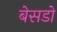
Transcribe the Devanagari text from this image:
बेसडो